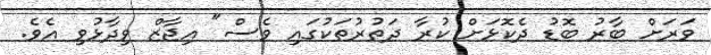
ވަރަށް ބާރު ބޮޑު ދެކޮޅަށް ކުރާ ދަތުރުތަކުގައި ވެސް" އިޖާޒް ވިދާޅުވި އެވެ.